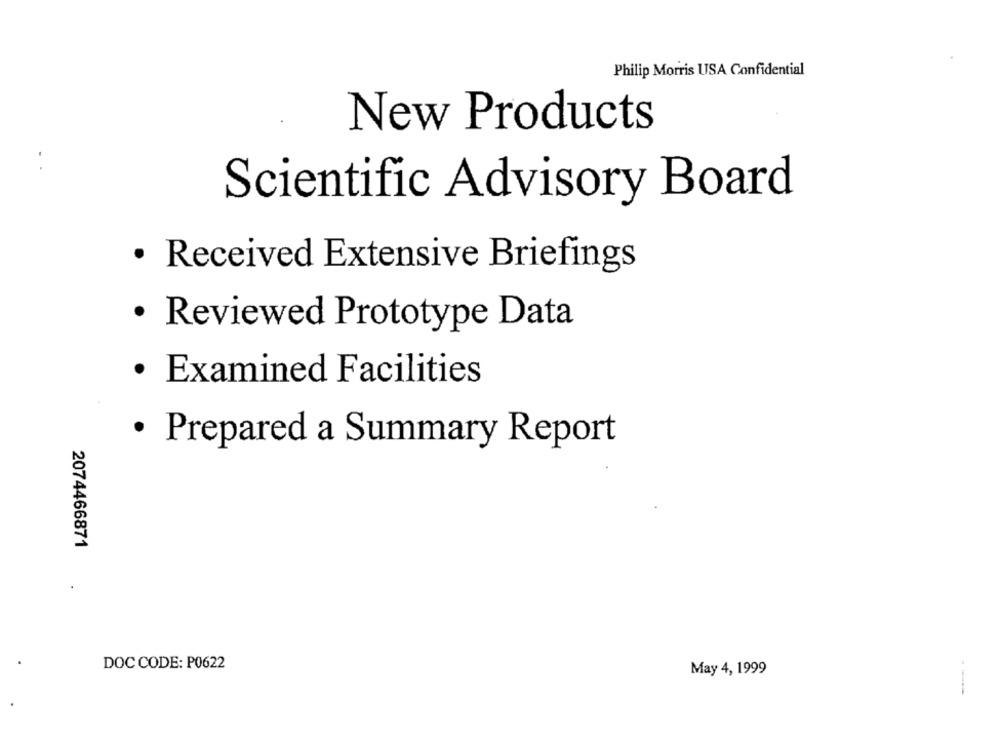
Philip Morris USA Confidential
New Products
Scientific Advisory Board
· Received Extensive Briefings
· Reviewed Prototype Data
· Examined Facilities
· Prepared a Summary Report
2074466871
DOC CODE: P0622
May 4, 1999